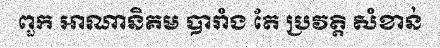
ពួក អាណានិគម បារាំង តែ ប្រវត្តិ សំខាន់